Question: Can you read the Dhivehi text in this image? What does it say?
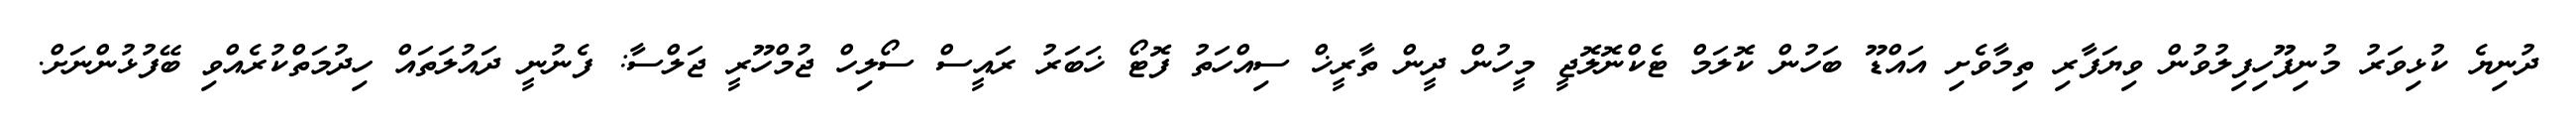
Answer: ދުނިޔެ ކުޅިވަރު މުނިފޫހިފިލުވުން ވިޔަފާރި ތިމާވެށި އައްޑޫ ބަހުން ކޮލަމް ޓެކްނޮލޮޖީ މީހުން ދީން ތާރީޚް ސިއްހަތު ފޮޓޯ ޚަބަރު ރައީސް ސޯލިހް ޖުމްހޫރީ ޖަލްސާ: ފެނުނީ ދައުލަތައް ހިދުމަތްކުރެއްވި ބޭފުޅުންނަށް.